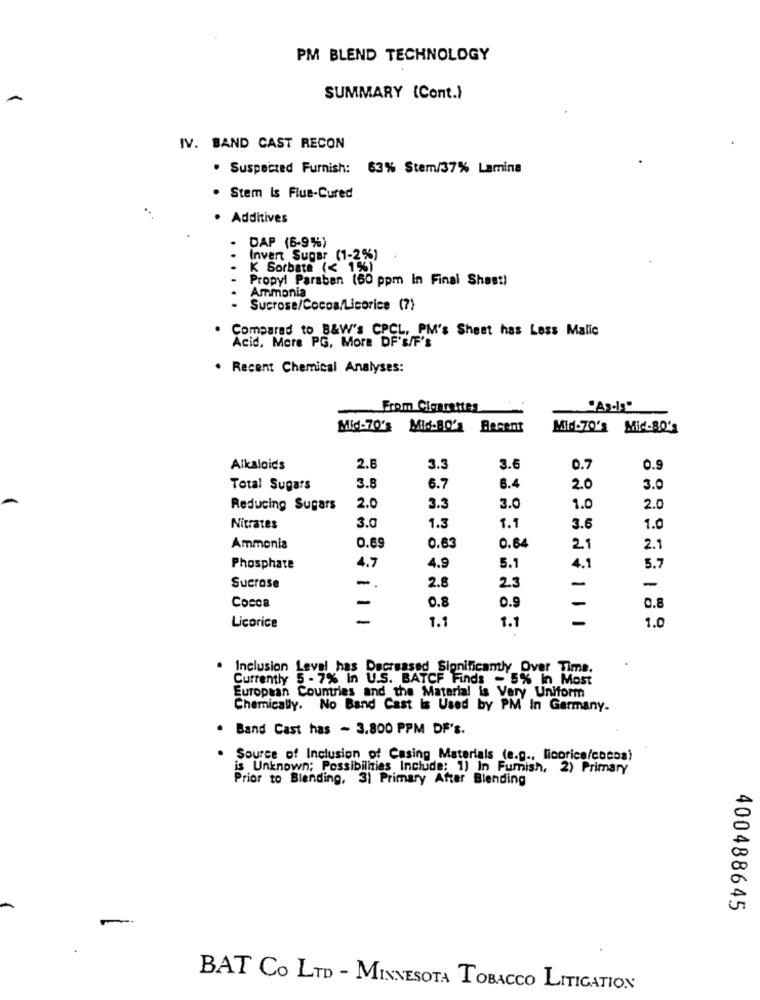
PM BLEND TECHNOLOGY
SUMMARY (Cont.)
IV. BAND CAST RECON
. Suspected Furnish: 63% Stem/37% Lamina
. Stem is Flue-Cured
..
· Additives
DAP (6-9%%)
Invert Sugar (1-2%)
K Sorbate (< 1%)
Propyl Paraben (60 ppm In Final Shast)
Ammonia
Sucrose/Cocoa/Licorice (7)
Compared to B&W's CPCL, PM's Sheet has Less Malic
Acid, More PG, More DF's/F's
. Recent Chemical Analyses:
From Cigarettes
"As-Is"
Mid-70's Mid-BO's Recent
Mid-70's Mic-80's
Alkaloids
2.6
3.3
3.6
0.7
0.9
Total Sugars
3.8
6.7
6.4
2.0
3.0
Reducing Sugars
2.0
3.3
3.0
1.0
2.0
Nitrates
3.0
1.3
1.1
3.6
1.0
Ammonia
0.69
0.63
0.64
21
2.1
4.9
5.7
Phosphate
4.7
5.1
4.1
-
2.8
-
Sucrose
23
-
Cocoa
-
0.8
-
0.8
0.9
1.1
1.1
-
1.0
Licorice
Inclusion Leval has Decreased Significantly Over Time.
Currently 5 - 7% In U.S. BATCF Finds - 5% in Most
European Countries and the Material is Very Uniform
Chemically. No Band Cast is Used by PM' In Germany.
. Band Cast has - 3.800 PPM DF's.
Source of Inclusion of Casing Materials (e.g ., licorice/cocoa)
is Unknown; Possibilities Include: 1) In Furnish, 2) Primary
Prior to Blending, 3) Primary After Blending
400488645
BAT Co LTD - MINNESOTA TOBACCO LITIGATION